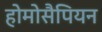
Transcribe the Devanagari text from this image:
होमोसैपियन